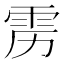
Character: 雳